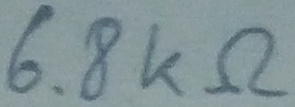
Text: 6.8KΩ